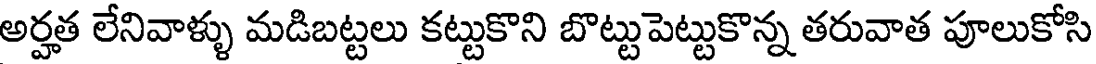
అర్హత లేనివాళ్ళు మడిబట్టలు కట్టుకొని బొట్టుపెట్టుకొన్న తరువాత పూలుకోసి